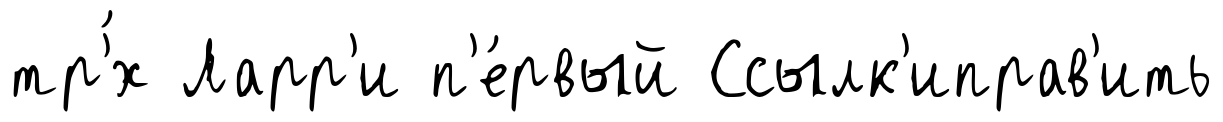
тр'́х Ларр'и п'е́рвый Ссылк'иправ'ить